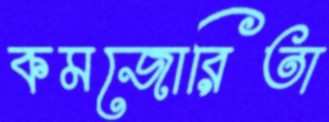
কমজোরিতা